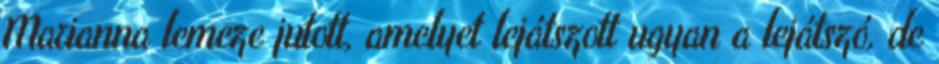
Marianna lemeze jutott, amelyet lejátszott ugyan a lejátszó, de